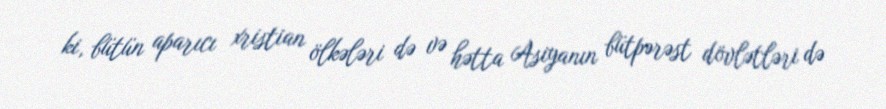
ki, bütün aparıcı xristian ölkələri də və hətta Asiyanın bütpərəst dövlətləri də